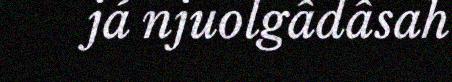
já njuolgâdâsah